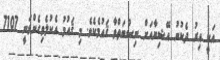
އަކީ އިރު ދެކުނު އޭޝިޔާއަށް ނިސްބަތްވާ ޤައުމެކެވެ. މި ޤައުުމު އެކުލެވިގެންވަނީ 7107